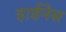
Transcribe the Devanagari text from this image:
हार्डनेस